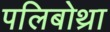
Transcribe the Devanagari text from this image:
पलिबोथ्रा